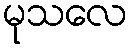
မုသလေ